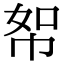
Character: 帤